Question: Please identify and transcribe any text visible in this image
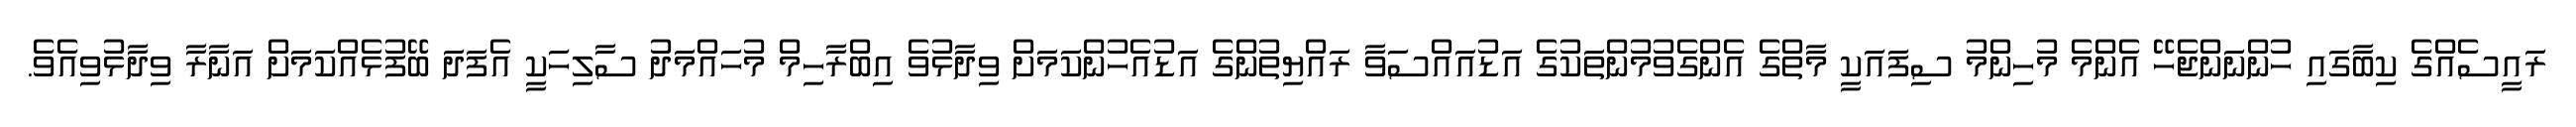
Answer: ރައީސެއްގެ ކިބާގައި ހުންނަންޖެހޭ އެންމެ މުހިންމު ސިފައަކީ މާތްގެ އެންގެވުމުންތަކުގެ އަޑުއައްސަވާ ރައްޔިތުންގެ އަޑުއެހުންކަމަށް ވިދާޅުވެ އިބްރާހިމް މުހައްމަދު ސާލިހަކީ އެފަދަ ބޭފުޅެއްކަމަށް އަނާރާ ވިދާޅުވިއެވެ.